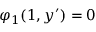
\varphi _ { 1 } ( 1 , y ^ { \prime } ) = 0